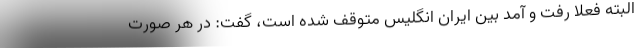
البته فعلا رفت و آمد بین ایران انگلیس متوقف شده است، گفت: در هر صورت